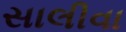
સાલીવા